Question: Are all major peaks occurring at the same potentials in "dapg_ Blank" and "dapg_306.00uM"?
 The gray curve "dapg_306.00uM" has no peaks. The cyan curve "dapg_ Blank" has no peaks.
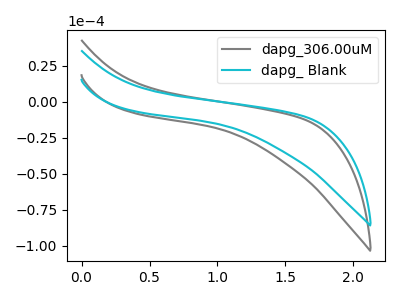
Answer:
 <answer>Niether CV has any peaks.</answer>
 <eval>blanks</eval>